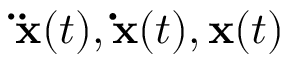
\mathbf { \ddot { x } } ( t ) , \mathbf { \dot { x } } ( t ) , \mathbf { x } ( t )